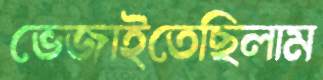
ভেজাইতেছিলাম